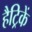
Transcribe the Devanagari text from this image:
हैट्रिकें